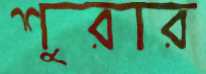
শুরার